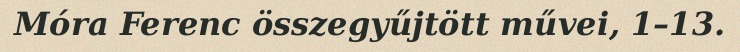
Móra Ferenc összegyűjtött művei, 1–13.